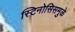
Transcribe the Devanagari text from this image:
स्टिनोसिसमुळे